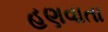
હણવાતા